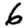
Digit: 6